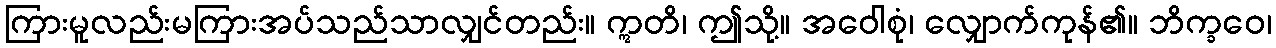
ကြားမူလည်းမကြားအပ်သည်သာလျှင်တည်း။ ဣတိ၊ ဤသို့။ အဝေါစုံ၊ လျှောက်ကုန်၏။ ဘိက္ခဝေ၊